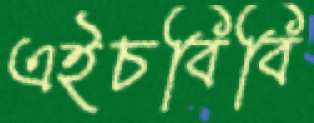
এইচবিবি